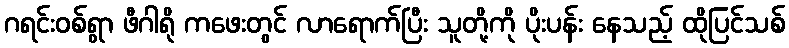
ဂရင်းဝစ်ရွာ ဖီဂါရို ကဖေးတွင် လာရောက်ပြီး သူတို့ကို ပိုးပန်း နေသည့် ထိုပြင်သစ်